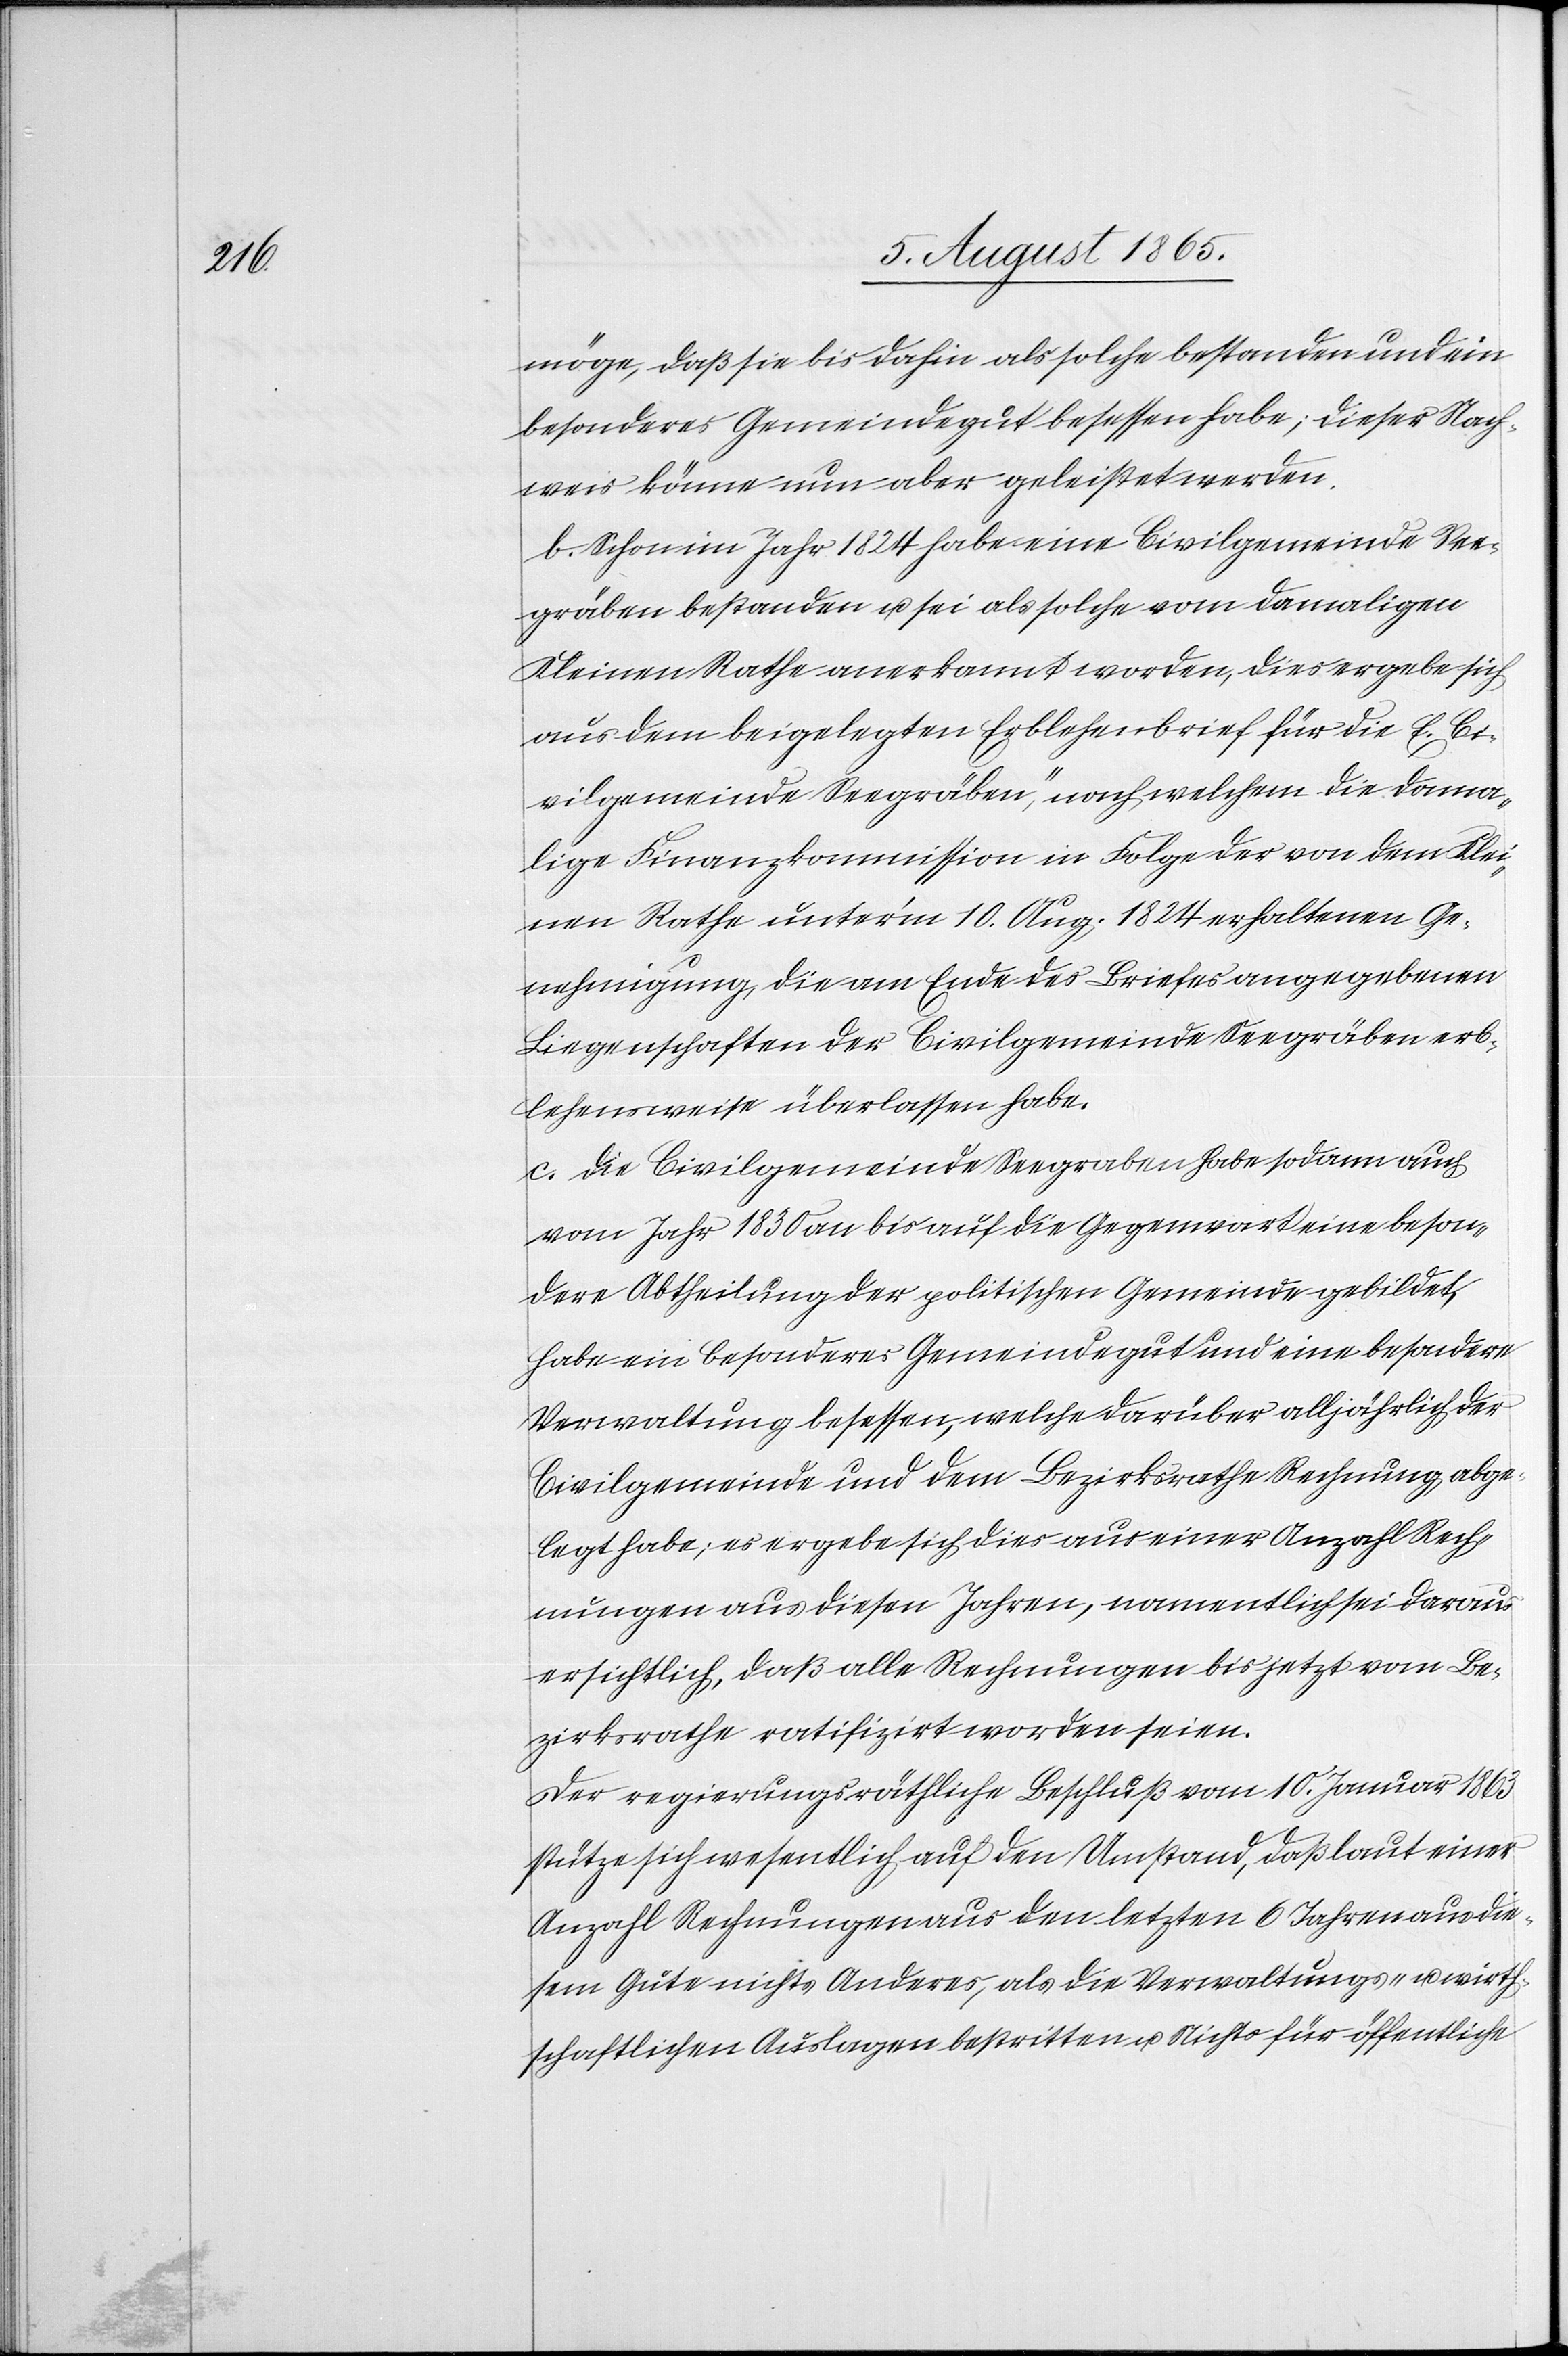
möge, daß sie bis dahin als solche bestanden und ein
besonderes Gemeindegut besessen habe; dieser Nach¬
weis könne nun aber geleistet werden.
b. Schon im Jahr 1824 habe eine Civilgemeinde See¬
gräben bestanden u. sei als solche vom damaligen
Kleinen Rathe anerkannt worden, dies ergebe sich
aus dem beigelegten [„]Erblehenbrief für die E. Ci¬
vilgemeinde Seegräben“, nach welchem die dama¬
lige Finanzkommission in Folge der von dem Klei¬
nen Rathe unter’m 10. Aug. 1824 erhaltenen Ge¬
nehmigung, die am Ende des Briefes angegebenen
Liegenschaften der Civilgemeinde Seegräben erb¬
lehensweise überlassen habe.
c. Die Civilgemeinde Seegraben habe sodann auch
vom Jahr 1830 an bis auf die Gegenwart eine beson¬
dere Abtheilung der politischen Gemeinde gebildet,
habe ein besonderes Gemeindegut und eine besondere
Verwaltung besessen, welche darüber alljährlich der
Civilgemeinde und dem Bezirksrathe Rechnung abge¬
legt habe; es ergebe sich dies aus einer Anzahl Rech¬
nungen aus diesen Jahren, namentlich sei daraus
ersichtlich, daß alle Rechnungen bis jetzt vom Be¬
zirksrathe ratifizirt worden seien.
Der regierungsräthliche Beschluß vom 10. Januar 1863
stütze sich wesentlich auf den Umstand, daß laut einer
Anzahl Rechnungen aus den letzten 6 Jahren aus die¬
sem Gute nichts Anderes, als die Verwaltungs- u. wirth¬
schaftlichen Auslagen bestritten u. Nichts für öffentliche